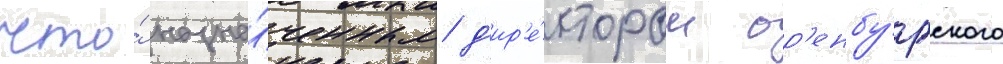
что́ назна́ченным д'ир'е́ктором ор'енбу́ргского